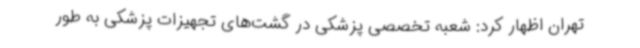
تهران اظهار کرد: شعبه تخصصی پزشکی در گشت‌های تجهیزات پزشکی به طور